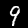
Digit: 9